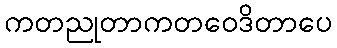
ကတညုတာကတဝေဒိတာပေ